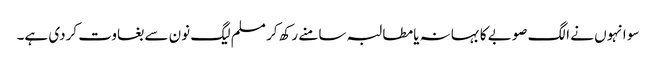
سو انہوں نے الگ صوبے کا بہانہ یا مطالبہ سامنے رکھ کر مسلم لیگ نون سے بغاوت کردی ہے۔